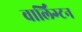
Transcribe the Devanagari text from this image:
वार्लिंग्टन